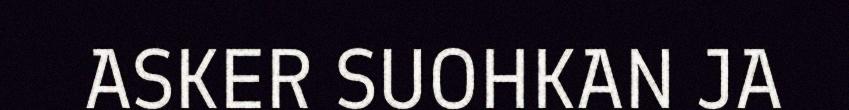
ASKER SUOHKAN JA